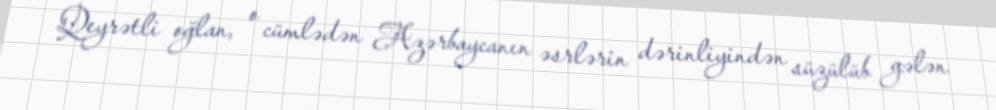
Qeyrətli oğlan, o cümlədən Azərbaycanın əsrlərin dərinliyindən süzülüb gələn